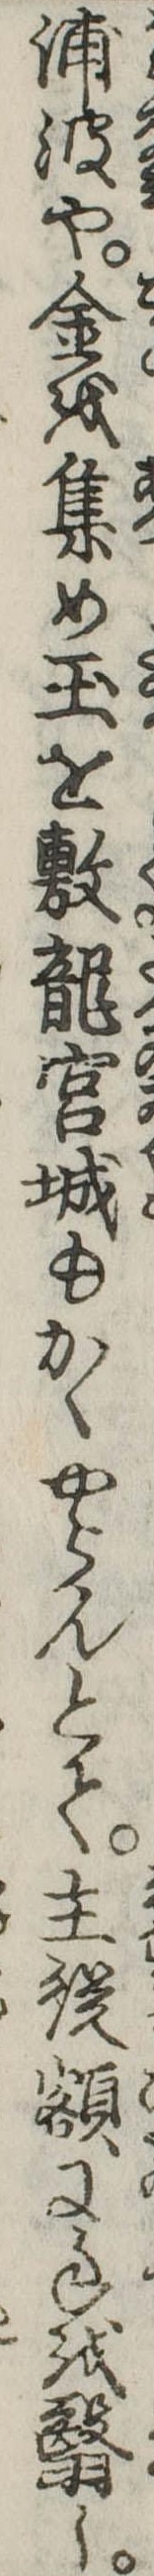
浦波や金を集め玉を敷竜宮城もかくやらんとて主従額に手を翳し